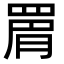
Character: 𮊉